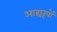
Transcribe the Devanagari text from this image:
आद्यरूपों